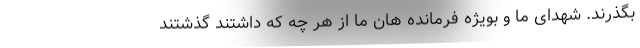
بگذرند. شهدای ما و بویژه فرمانده هان ما از هر چه که داشتند گذشتند